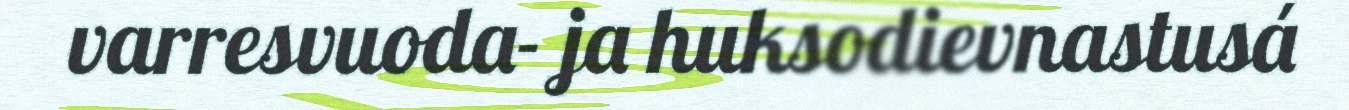
varresvuoda- ja huksodievnastusá